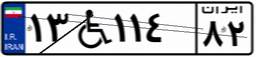
۱۳W۱۱۴۸۲